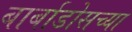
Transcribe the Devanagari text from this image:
बार्बाडोसच्या